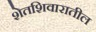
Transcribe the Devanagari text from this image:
शेतशिवारातील